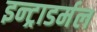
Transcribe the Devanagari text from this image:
इन्ट्राडर्मल